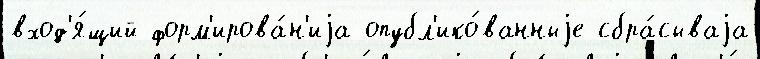
вход'я́щий форм'ирова́н'иjа опубл'ико́ванныjе сбра́сываjа